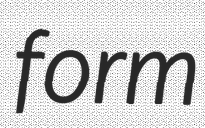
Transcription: form